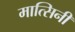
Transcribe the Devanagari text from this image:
मात्सिनी